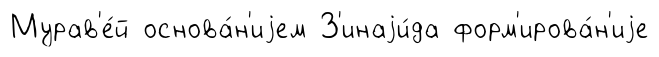
Мурав'е́й основа́н'иjем З'инаjи́да форм'ирова́н'иjе